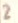
2